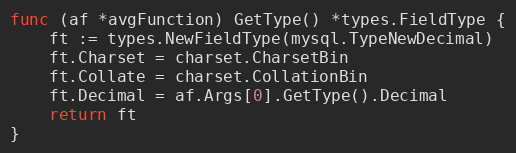
Language: Go
func (af *avgFunction) GetType() *types.FieldType {
	ft := types.NewFieldType(mysql.TypeNewDecimal)
	ft.Charset = charset.CharsetBin
	ft.Collate = charset.CollationBin
	ft.Decimal = af.Args[0].GetType().Decimal
	return ft
}